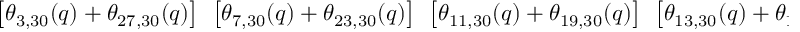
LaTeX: \left[ \theta _ { 3 , 3 0 } ( q ) + \theta _ { 2 7 , 3 0 } ( q ) \right] { } ~ \left[ \theta _ { 7 , 3 0 } ( q ) + \theta _ { 2 3 , 3 0 } ( q ) \right] { } ~ \left[ \theta _ { 1 1 , 3 0 } ( q ) + \theta _ { 1 9 , 3 0 } ( q ) \right] { } ~ \left[ \theta _ { 1 3 , 3 0 } ( q ) + \theta _ { 1 7 , 3 0 } ( q ) \right] ,